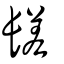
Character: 𨲠